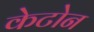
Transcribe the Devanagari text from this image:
केटोन